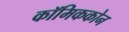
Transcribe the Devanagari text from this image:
कॉमिककोन